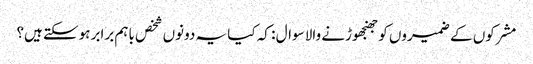
مشرکوں کے ضمیروں کو جھنجھوڑنے والا سوال : کہ کیا یہ دونوں شخص باہم برابر ہوسکتے ہیں؟